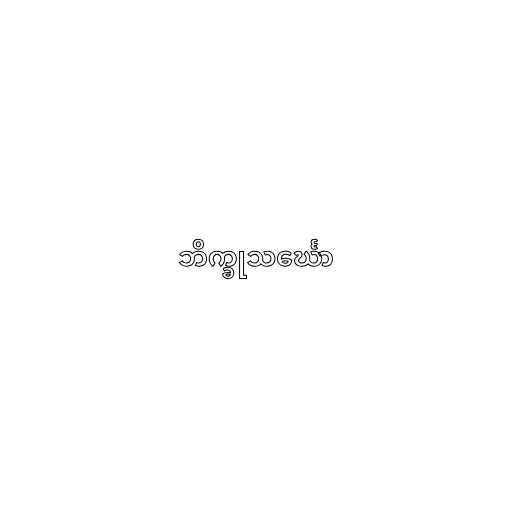
ဘိက္ခုသင်္ဃော